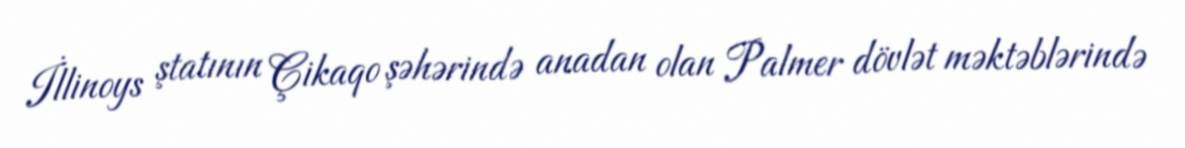
İllinoys ştatının Çikaqo şəhərində anadan olan Palmer dövlət məktəblərində